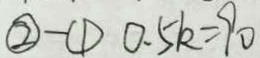
\textcircled { 2 } - \textcircled { 1 } 0 . 5 k = 9 0